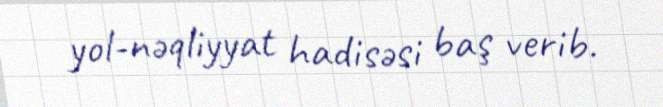
yol-nəqliyyat hadisəsi baş verib.